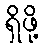
ရှိဖို့